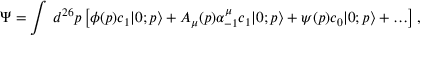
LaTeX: \Psi = \int \, d ^ { 2 6 } p \left[ \phi ( p ) c _ { 1 } | 0 ; p \rangle + A _ { \mu } ( p ) \alpha _ { - 1 } ^ { \mu } c _ { 1 } | 0 ; p \rangle + \psi ( p ) c _ { 0 } | 0 ; p \rangle + \ldots \right] ,